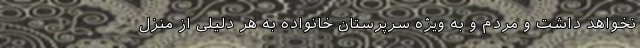
نخواهد داشت و مردم و به ویژه سرپرستان خانواده به هر دلیلی از منزل